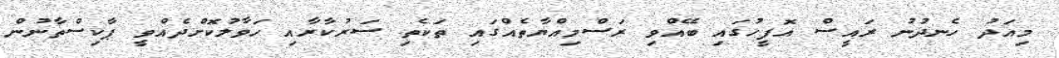
މިއަދު ހެނދުނު ރައީސް އޮފީހުގައި ބޭއްވި ރަސްމިއްޔާތެއްގައި ތަކެތި ސަރުކާރާއި ހަވާލުކޮށްދެއްވީ ޕާކިސްތާނުން